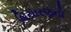
બિયારણનો